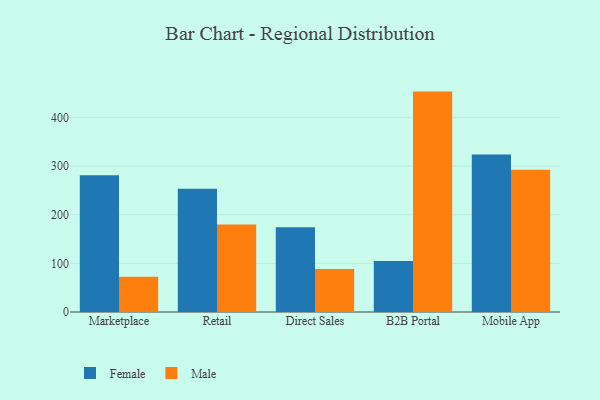
{"axis": {"x": "Channel", "y": "Market Share (%)"}, "legend": ["Female", "Male"], "data": [{"x": "Marketplace", "y": 281.5, "type": "Female"}, {"x": "Marketplace", "y": 72.3, "type": "Male"}, {"x": "Retail", "y": 253.6, "type": "Female"}, {"x": "Retail", "y": 180.1, "type": "Male"}, {"x": "Direct Sales", "y": 174.4, "type": "Female"}, {"x": "Direct Sales", "y": 88.6, "type": "Male"}, {"x": "B2B Portal", "y": 104.9, "type": "Female"}, {"x": "B2B Portal", "y": 453.4, "type": "Male"}, {"x": "Mobile App", "y": 323.9, "type": "Female"}, {"x": "Mobile App", "y": 292.7, "type": "Male"}]}